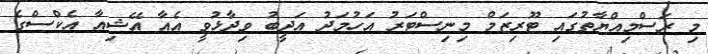
މި ރަސްމިއްޔާތުގައި ޓޫރިޒަމް މިނިސްޓަރު އަހުމަދު އަދީބު ވިދާޅުވީ އެއާ އޭޝިއާ އެކްސްގެ